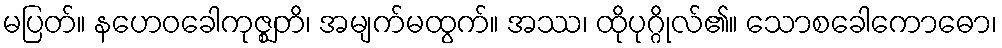
မပြတ်။ နဟေဝခေါကုဇ္ဈတိ၊ အမျက်မထွက်။ အဿ၊ ထိုပုဂ္ဂိုလ်၏။ သောစခေါကောဓော၊